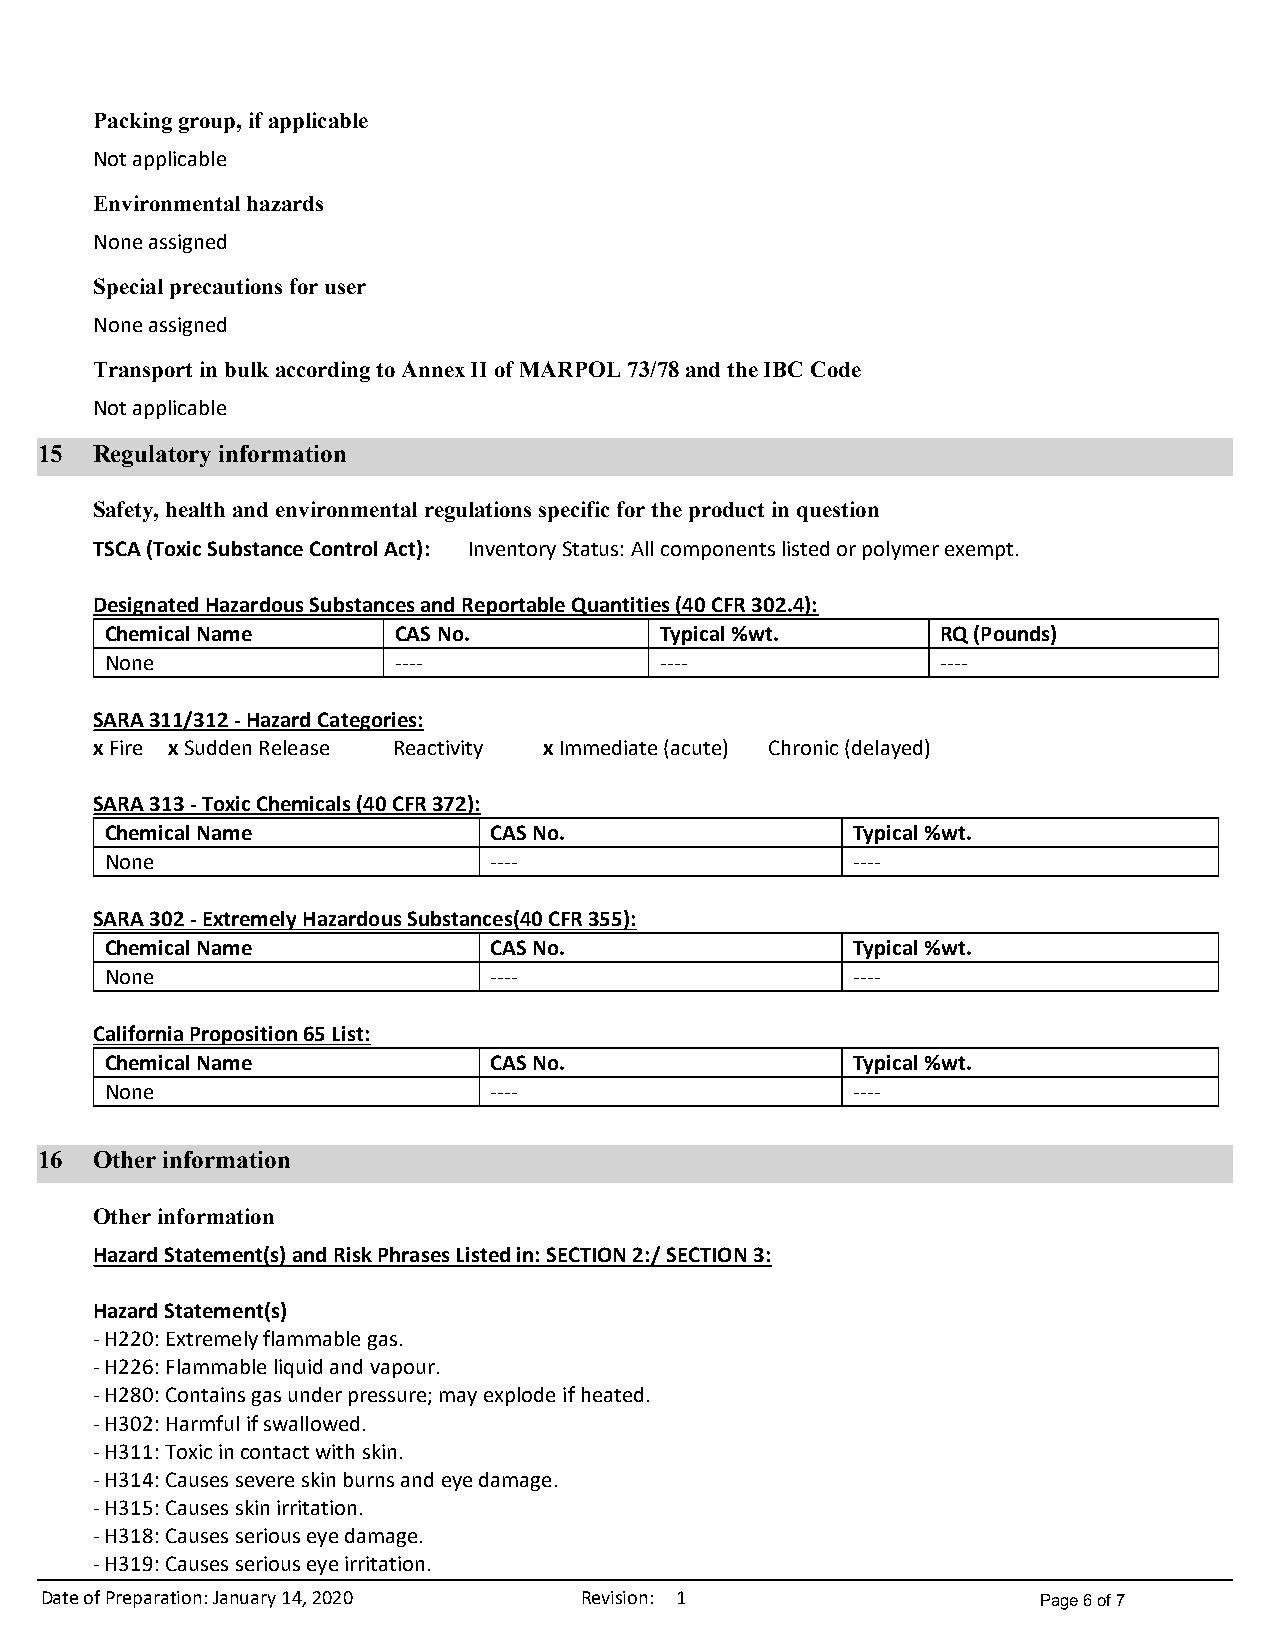
Packing group, if applicable
 Notapplicable
 Environmental hazards
 Noneassigned
 Special precautions for user
 Noneassigned
 Transport in bulk according to Annex II of MARPOL 73/78 and the IBC Code
 Notapplicable
 15  Regulatory information
 Safety, health and environmental regulations specific for the product in question
 TSCA(ToxicSubstanceControlAct): InventoryStatus:Allcomponentslistedorpolymerexempt.
 DesignatedHazardousSubstancesandReportableQuantities(40CFR302.4):
 ChemicalName       CASNo.            Typical%wt.       RQ(Pounds)
 None               ----              ----              ----
 SARA311/312-HazardCategories:
 xFire xSuddenRelease Reactivity xImmediate(acute) Chronic(delayed)
 SARA313-ToxicChemicals(40CFR372):
 ChemicalName             CASNo.                  Typical%wt.
 None                     ----                    ----
 SARA302-ExtremelyHazardousSubstances(40CFR355):
 ChemicalName             CASNo.                  Typical%wt.
 None                     ----                    ----
 CaliforniaProposition65List:
 ChemicalName             CASNo.                  Typical%wt.
 None                     ----                    ----
 16  Other information
 Other information
 HazardStatement(s)andRiskPhrasesListedin:SECTION2:/SECTION3:
 HazardStatement(s)
 -H220:Extremelyflammablegas.
 -H226:Flammableliquidandvapour.
 -H280:Containsgasunderpressure;mayexplodeifheated.
 -H302:Harmfulifswallowed.
 -H311:Toxicincontactwithskin.
 -H314:Causessevereskinburnsandeyedamage.
 -H315:Causesskinirritation.
 -H318:Causesseriouseyedamage.
 -H319:Causesseriouseyeirritation.
 Date of Preparation: January 14, 2020 Revision: 1                 Page 6 of 7